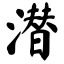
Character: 潜